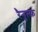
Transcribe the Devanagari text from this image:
रैनुल्फ़